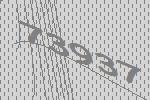
73937